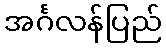
အင်္ဂလန်ပြည်